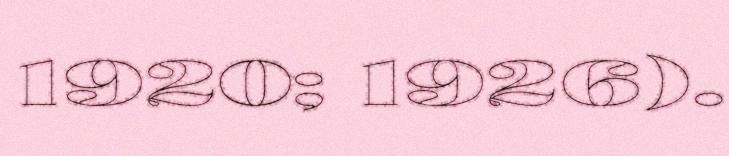
1920; 1926).